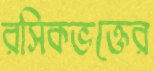
রসিকভক্তের